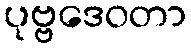
ပုဗ္ဗဒေဝတာ